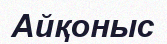
Айқоныс